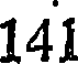
141